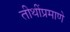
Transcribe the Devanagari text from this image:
तीथींप्रमाणे